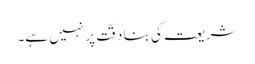
شریعت کی بنا دِقّت پر نہیں ہے۔